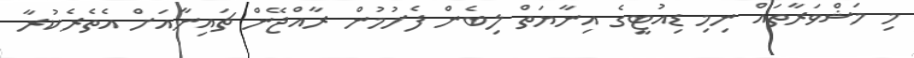
މި މަޝްވަރާތައް ނިމި ޑިއުޓީގެ އިނާޔަތް ލިބެން ފެށުމުން ރާއްޖޭން ޗައިނާއަށް އެތެރެކުރާ